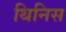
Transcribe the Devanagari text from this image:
थिनिस